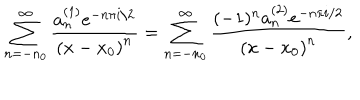
\sum _ { n = - n _ { 0 } } ^ { \infty } \frac { a _ { n } ^ { ( 1 ) } e ^ { - n \pi i / 2 } } { \left( x - x _ { 0 } \right) ^ { n } } = \sum _ { n = - n _ { 0 } } ^ { \infty } \frac { ( - 1 ) ^ { n } a _ { n } ^ { ( 2 ) } e ^ { - n \pi i / 2 } } { \left( x - x _ { 0 } \right) ^ { n } } ,